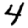
Digit: 4